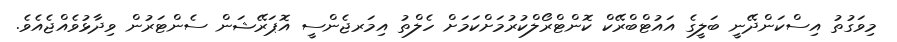
މިވަގުތު އިސްކަންދޭނީ ބަލީގެ އައުޓްބްރޭކް ކޮންޓްރޯލްކުރުމަށްކަމަށް ހެލްތު އިމަރޖެންސީ އޮޕަރޭޝަން ސެންޓަރުން ވިދާޅުވެއްޖެއެވެ.